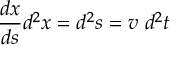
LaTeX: { \frac { d x } { d s } } d ^ { 2 } x = d ^ { 2 } s = v \ d ^ { 2 } t